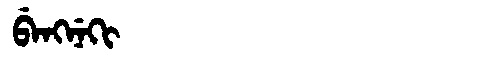
Manchu: ᠪᡝᠩᠨᡝᡴᡳ
Romanization: BENGNEKI